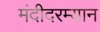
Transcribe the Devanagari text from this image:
मंदीदरम्यान